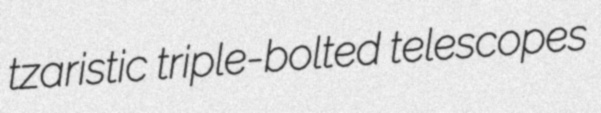
tzaristic triple-bolted telescopes